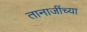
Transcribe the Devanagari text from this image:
तानाजींच्या